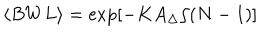
\langle B W L \rangle = \exp [ - K A _ { \Delta } / ( N - 1 ) ]